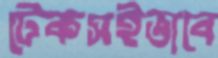
টেকসইভাবে